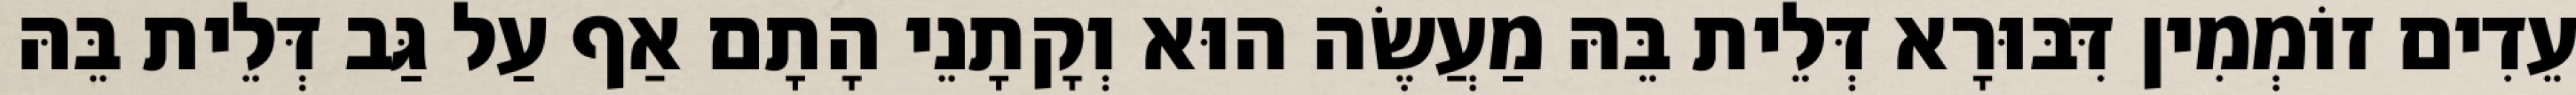
עֵדִים זוֹמְמִין דִּבּוּרָא דְּלֵית בֵּהּ מַעֲשֶׂה הוּא וְקָתָנֵי הָתָם אַף עַל גַּב דְּלֵית בֵּהּ